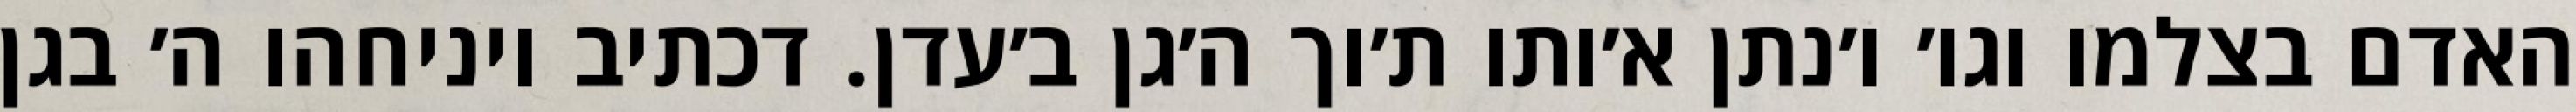
האדם בצלמו וגו׳ ו׳נתן א׳ותו ת׳וך ה׳גן ב׳עדן. דכתיב ויניחהו ה׳ בגן